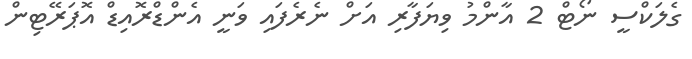
ގެލަކްސީ ނޯޓް 2 އާންމު ވިޔަފާރި އަށް ނެރެފައި ވަނީ އެންޑްރޮއިޑް އޮޕަރޭޓިން